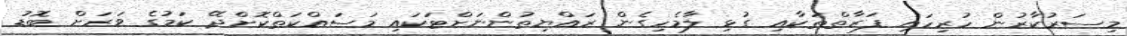
މިސަރުކާރުން ހުރިހައި ފަރާތްތަކާއި ގުޅި ލާމެހިގެން ރައްޔިތުންނަށްޓަކައި މަސައްކަތްކޮށްދޭ ކަމުގެ ވަރަށް ބޮޑު